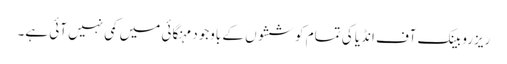
ریزرو بینک آف انڈیا کی تمام کوششوں کے باوجود مہنگائی میں کمی نہیں آئی ہے۔